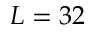
L = 3 2